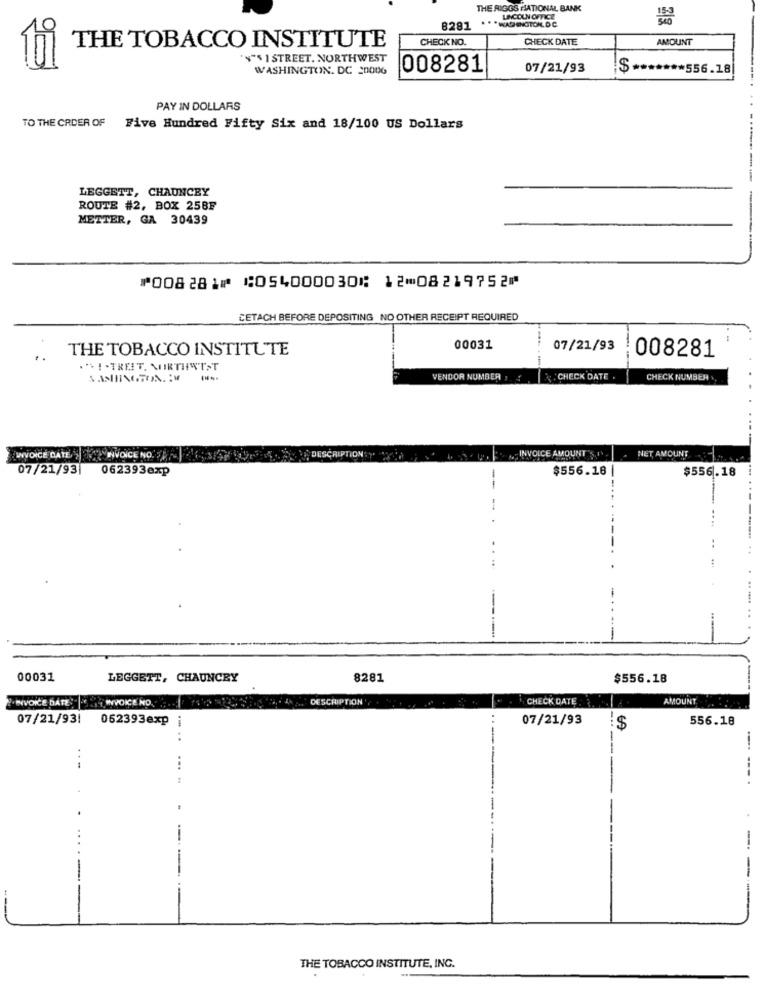
THE RIGGS NATIONAL BANK
LINCOLN OFFICE
8281
* * * WASHINGTONDC
CHECK NO.
CHECK DATE
AMOUNT
THE TOBACCO INSTITUTE
""$ 1 STREET. NORTHWEST
WASHINGTON, DC 2000G
008281
07/21/93
:$ ******* 556.18|
PAY IN DOLLARS
TO THE CRDER OF Five Hundred Fifty Six and 18/100 US Dollars
LEGGETT, CHAUNCEY
ROUTE #2, BOX 25BF
METTER, GA 30439
⑈008281⑈ ⑆054000030⑆ 12⑉08219752⑈
CETACH BEFORE DEPOSITING NO OTHER RECEIPT REQUIRED
THE TOBACCO INSTITUTE
00031
07/21/93
008281
..
"I-TREET, NORTHWEST
SAMIINGTON. M
VENDOR NUMBER :
CHECK DATE
CHECK NUMBER ..
DESCRIPTION:
INVOICE AMOUNT
NET AMOUNT
INVOICE DATE
INVOICE NO. 5 .
07/21/93|
062393exp
$556.18
$556.18
--.
..
00031
LEGGETT, CHAUNCEY
8281
$556.18
WVOICE DATES WVOICE NO.
DESCRIPTION
CHECK DATE
AMOUNT
07/21/93!
062393exp
i
07/21/93
-.
$
556.18
....
...
-
-
THE TOBACCO INSTITUTE, INC.